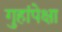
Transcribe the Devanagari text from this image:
गुहांपेक्षा